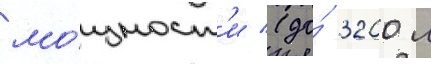
мо́щност'и (до́ 3200 л